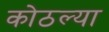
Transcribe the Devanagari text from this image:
कोठल्या